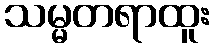
သမ္မတရာထူး